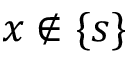
x \notin \{ s \}